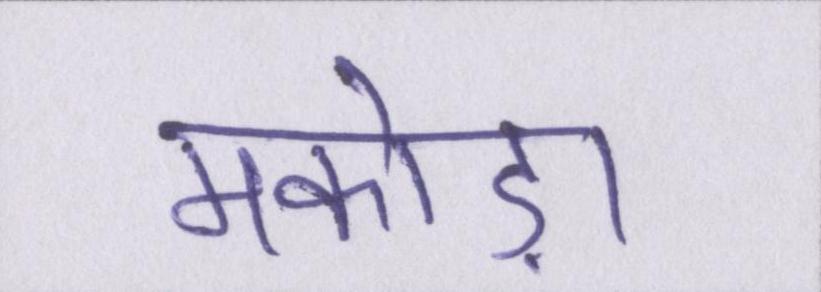
मकोड़ा